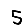
Digit: 5